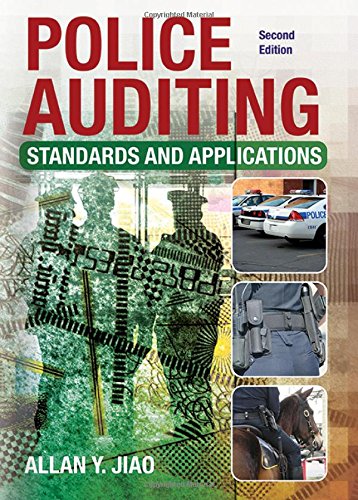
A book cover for Police Auditing: Standards and Applications; Allan Y. Jiao; Business & Money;